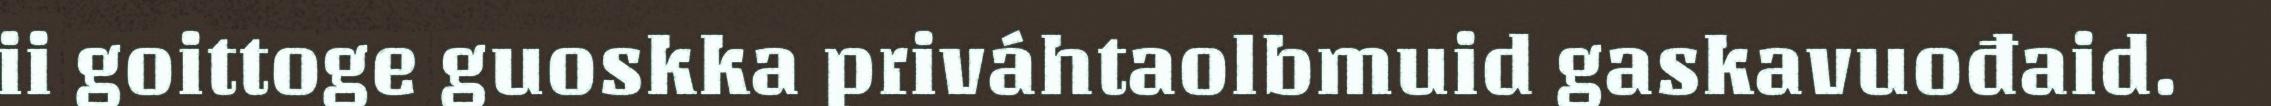
ii goittoge guoskka priváhtaolbmuid gaskavuođaid.